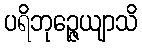
ပရိဘုဉ္ဇေယျာသိ